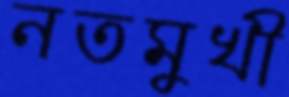
নতমুখী